Report on the working of the Ranchi Indian Mental Hospital, Kanke, in Bihar and Orissa - 1930-1940
Year: 1930
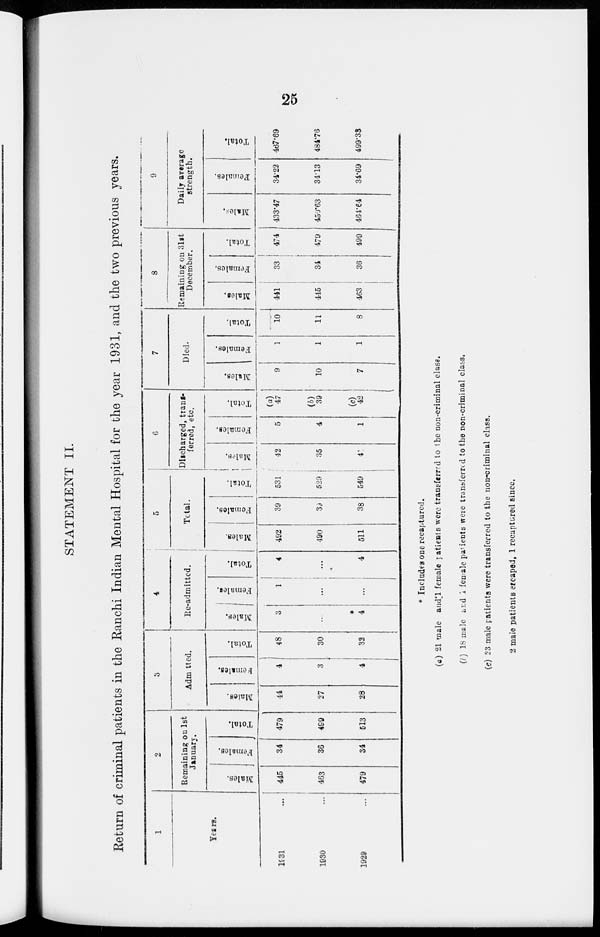
25
STATEMENT II.
Return of criminal patients in the Ranchi Indian Mental Hospital for the year 1931, and the two previous years.
1
Years.
1931 ...
1930 ...
1928 ...
2
Remaining on 1st
January.
Males.
445
463
479
Females.
34
36
34
Total.
479
499
513
3
Admitted.
Males.
44
27
28
Females.
4
3
4
Total.
48
30
32
4
Re-admitted.
Males.
3
...
*
4
Females.
1
...
...
Total.
4
...
4
5
Total.
Males.
492
490
511
Females.
39
39
38
Total.
531
529
549
6
Discharged, trans-
ferred, etc.
Males.
42
35
41
Females.
5
4
1
Total.
(a)
47
(b)
39
(c)
42
7
Died.
Males.
9
10
7
Females.
1
1
1
Total.
10
11
8
8
Remaining on 31st
December.
Males.
441
445
463
Females.
33
34
36
Total.
474
479
499
9
Daily average
strength.
Males.
433.47
459.63
461.64
Females.
34.22
34.13
34.69
Total.
467.69
484.76
499.33
* Includes one recaptured.
(a) 21 male and 1 female patients were transferred to the non-criminal class.
(b) 18 male and 1 female patients were transferred to the non-criminal class.
(c) 23 male patients were transferred to the non-criminal class.
2 male patients escaped, 1 recaptured since.